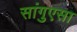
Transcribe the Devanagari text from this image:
सांगुएसा